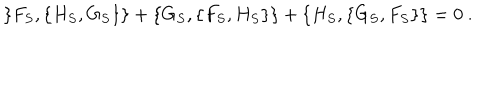
\{ F _ { S } , \{ H _ { S } , G _ { S } \} \} + \{ G _ { S } , \{ F _ { S } , H _ { S } \} \} + \{ H _ { S } , \{ G _ { S } , F _ { S } \} \} = 0 \ .